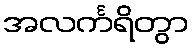
အလင်္ကရိတွာ